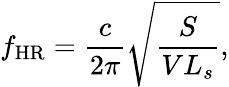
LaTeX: f_{\mathrm{HR}}=\frac{c}{2\pi}\sqrt{\frac{S}{VL_{s}}},